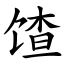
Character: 馇